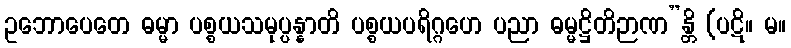
ဥဘောပေတေ ဓမ္မာ ပစ္စယသမုပ္ပန္နာတိ ပစ္စယပရိဂ္ဂဟေ ပညာ ဓမ္မဋ္ဌိတိဉာဏ”န္တိ (ပဋိ။ မ။